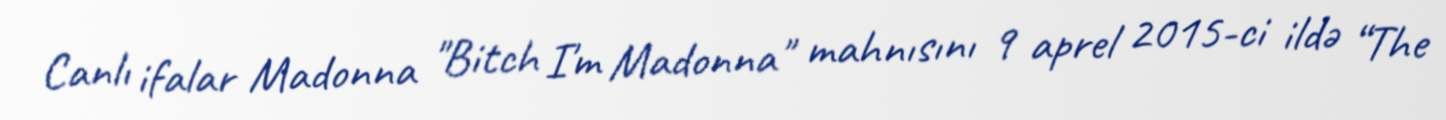
Canlı ifalar Madonna "Bitch I'm Madonna" mahnısını 9 aprel 2015-ci ildə “The